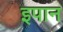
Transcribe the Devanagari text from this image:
इपान